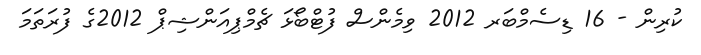
ކުރިން - 16 ޑިސެމްބަރ 2012 ވިމެންސް ފުޓްބޯޅަ ޗެމްޕިއަންޝިޕް 2012ގެ ފުރަތަމަ